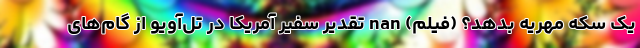
یک سکه مهریه بدهد؟ (فیلم) nan تقدیر سفیر آمریکا در تل‌آویو از گام‌های